Report of the veterinary officer investigating camel disease
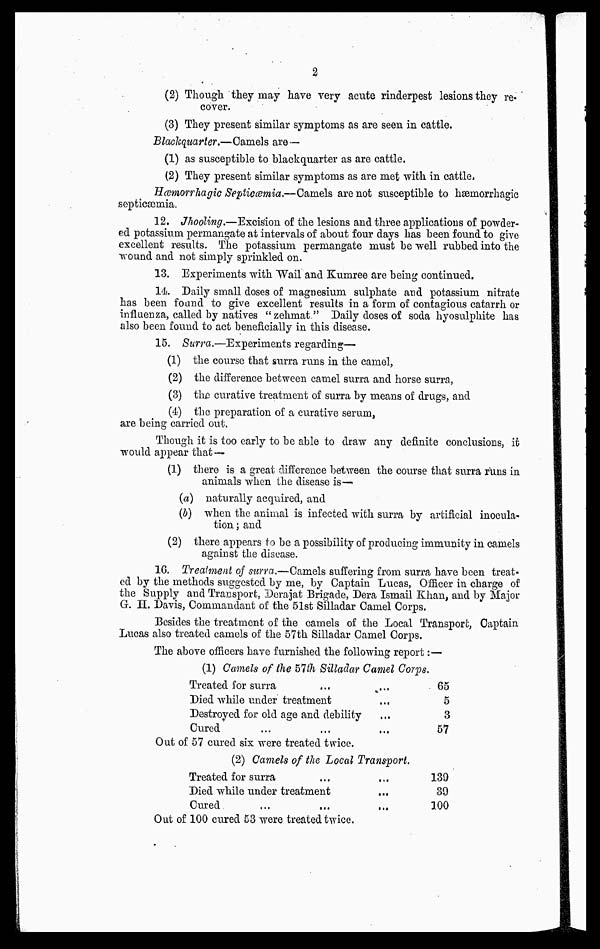
2
(2) Though they may have very acute rinderpest lesions they re-
cover.
(3) They present similar symptoms as are seen in cattle.
Blackquarter.—Camels are —
(1) as susceptible to blackquarter as are cattle.
(2) They present similar symptoms as are met with in cattle,
Hæmorrliagic Septicæmia.—Camels are not susceptible to hæmorrhagic
septicæmia.
12. Jhooling.—Excision of the lesions and three applications of powder-
ed potassium permangate at intervals of about four days has been found to give
excellent results. The potassium permangate must be well rubbed into the
wound and not simply sprinkled on.
13. Experiments with Wail and Kumree are being continued.
14. Daily small doses of magnesium sulphate and potassium nitrate
has been found to give excellent results in a form of contagious catarrh or
influenza, called by natives "zehmat." Daily doses of soda hyosulphite has
also been found to act beneficially in this disease.
15. Surra.—Experiments regarding—
(1) the course that surra runs in the camel,
(2) the difference between camel surra and horse surra,
(3) the curative treatment of surra by means of drugs, and
(4) the preparation of a curative serum,
are being carried out.
Though it is too early to be able to draw any definite conclusions, it
would appear that—
(1) there is a great difference between the course that surra runs in
animals when the disease is—
(a) naturally acquired, and
(b) when the animal is infected with surra by artificial inocula-
tion ; and
(2) there appears to be a possibility of producing immunity in camels
against the disease.
16. Treatment of surra.—Camels suffering from surra have been treat-
ed by the methods suggested by me, by Captain Lucas, Officer in charge of
the Supply and Transport, Derajat Brigade, Dera Ismail Khan, and by Major
G. H. Davis, Commandant of the 51st Silladar Camel Corps,
Besides the treatment of the camels of the Local Transport, Captain
Lucas also treated camels of the 57th Silladar Camel Corps.
The above officers have furnished the following report:—
(1) Camels of the 57th Silladar Camel Corps.
Treated for surra
Died while under treatment
...
Destroyed for old age and debility
Cured
65
5
3
57
Out of 57 cured six were treated twice.
(2) Camels of the Local Transport.
Treated for surra
Died while under treatment
Cured
...
...
...
139
39
100
Out of 100 cured 53 were treated twice.